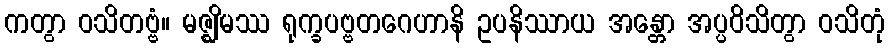
ကတွာ ဝသိတဗ္ဗံ။ မဇ္ဈိမဿ ရုက္ခပဗ္ဗတဂေဟာနိ ဥပနိဿာယ အန္တော အပ္ပဝိသိတွာ ဝသိတုံ